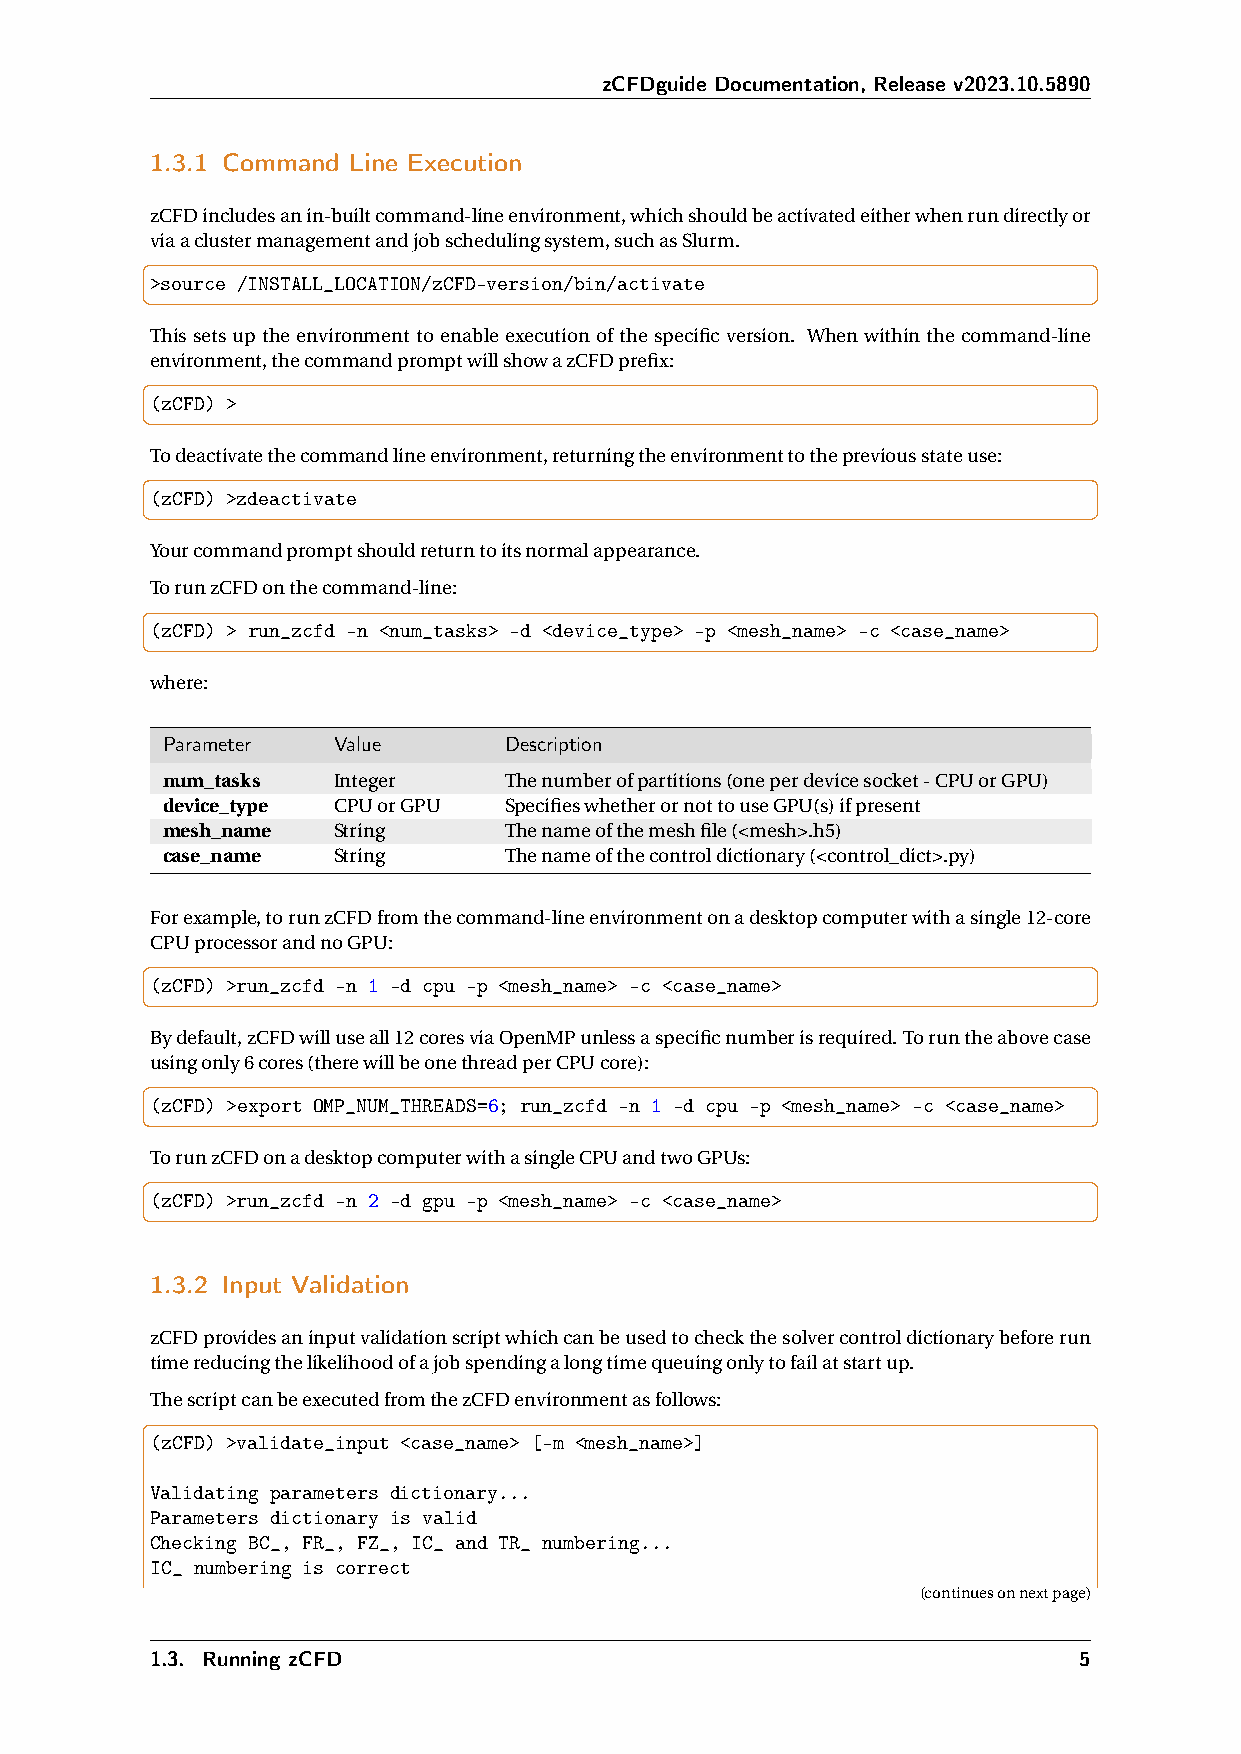
zCFDguide Documentation, Release v2023.10.5890
 1.3.1 Command Line Execution
 zCFDincludesanin-builtcommand-lineenvironment,whichshouldbeactivatedeitherwhenrundirectlyor
 viaaclustermanagementandjobschedulingsystem,suchasSlurm.
 >source /INSTALL_LOCATION/zCFD-version/bin/activate
 This sets up the environment to enable execution of the specific version. When within the command-line
 environment,thecommandpromptwillshowazCFDprefix:
 (zCFD) >
 Todeactivatethecommandlineenvironment,returningtheenvironmenttothepreviousstateuse:
 (zCFD) >zdeactivate
 Yourcommandpromptshouldreturntoitsnormalappearance.
 TorunzCFDonthecommand-line:
 (zCFD) > run_zcfd -n <num_tasks> -d <device_type> -p <mesh_name> -c <case_name>
 where:
 Parameter  Value      Description
 num_tasks  Integer    Thenumberofpartitions(oneperdevicesocket-CPUorGPU)
 device_type CPUorGPU  SpecifieswhetherornottouseGPU(s)ifpresent
 mesh_name  String     Thenameofthemeshfile(<mesh>.h5)
 case_name  String     Thenameofthecontroldictionary(<control_dict>.py)
 Forexample,torunzCFDfromthecommand-lineenvironmentonadesktopcomputerwithasingle12-core
 CPUprocessorandnoGPU:
 (zCFD) >run_zcfd -n 1 -d cpu -p <mesh_name> -c <case_name>
 Bydefault,zCFDwilluseall12coresviaOpenMPunlessaspecificnumberisrequired.Toruntheabovecase
 usingonly6cores(therewillbeonethreadperCPUcore):
 (zCFD) >export OMP_NUM_THREADS=6; run_zcfd -n 1 -d cpu -p <mesh_name> -c <case_name>
 TorunzCFDonadesktopcomputerwithasingleCPUandtwoGPUs:
 (zCFD) >run_zcfd -n 2 -d gpu -p <mesh_name> -c <case_name>
 1.3.2 Input Validation
 zCFDprovidesaninputvalidationscriptwhichcanbeusedtocheckthesolvercontroldictionarybeforerun
 timereducingthelikelihoodofajobspendingalongtimequeuingonlytofailatstartup.
 ThescriptcanbeexecutedfromthezCFDenvironmentasfollows:
 (zCFD) >validate_input <case_name> [-m <mesh_name>]
 Validating parameters dictionary...
 Parameters dictionary is valid
 Checking BC_, FR_, FZ_, IC_ and TR_ numbering...
 IC_ numbering is correct
 (continuesonnextpage)
 1.3. Running zCFD                                            5